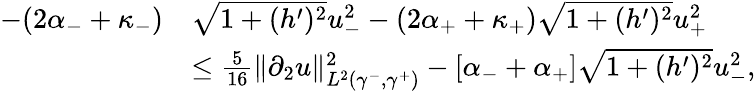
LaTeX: \begin{array}{rl}{-(2\alpha_{-}+\kappa_{-})}&{\sqrt{1+(h^{\prime})^{2}}u_{-}^{2}-(2\alpha_{+}+\kappa_{+})\sqrt{1+(h^{\prime})^{2}}u_{+}^{2}}\\ &{\leq\frac{5}{16}\| \partial_{2}u\| _{L^{2}(\gamma^{-},\gamma^{+})}^{2}-\left[\alpha_{-}+\alpha_{+}\right]\sqrt{1+(h^{\prime})^{2}}u_{-}^{2},}\end{array}